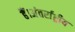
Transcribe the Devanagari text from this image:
हैं।अंतर्राष्ट्रीय